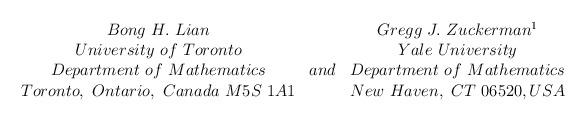
LaTeX: \begin{align*}\begin{array}{ccc}Bong \ H.\ Lian& & Gregg \ J.\ Zuckerman \footnotemark \\University \ of \ Toronto& \ \ \ & Yale \ University \\Department \ of \ Mathematics& and & Department \ of \ Mathematics \\Toronto, \ Ontario,\ Canada\ M5S\ 1A1& & New \ Haven, \ CT \ 06520, USA \\\end{array}\end{align*}